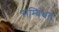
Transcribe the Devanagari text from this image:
सम्बिंधत